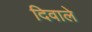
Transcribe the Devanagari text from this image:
दिवाले